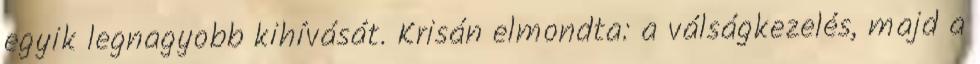
egyik legnagyobb kihívását. Krisán elmondta: a válságkezelés, majd a